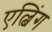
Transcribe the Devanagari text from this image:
एल्बिंग